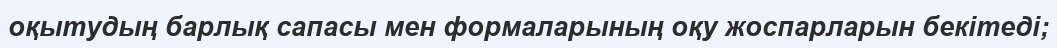
оқытудың барлық сапасы мен формаларының оқу жоспарларын бекітеді;